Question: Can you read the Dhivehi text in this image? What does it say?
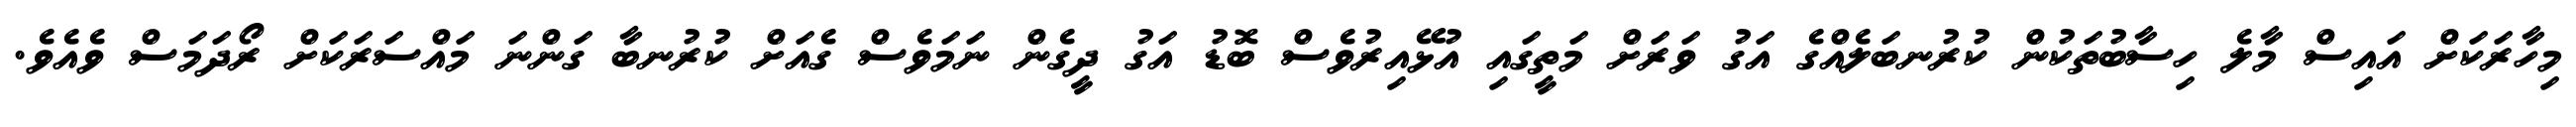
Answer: މިހާރަކަށް އައިސް މާލެ ހިސާބުތަކުން ކުރުނބަލެއްގެ އަގު ވަރަށް މަތީގައި އުޅޭއިރުވެސް ބޮޑު އަގު ދީގެން ނަމަވެސް ގެއަށް ކުރުނބާ ގަންނަ މައްސަރަކަށް ރޯދަމަސް ވެއެވެ.